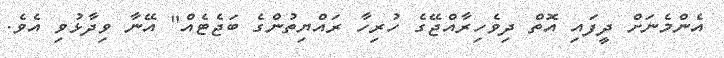
އެންމެނަށް ދީފައި އޮތް ދިވެހިރާއްޖޭގެ ހުރިހާ ރައްޔިތުންގެ ބަޖެޓެއް" އޭނާ ވިދާޅުވި އެވެ.